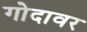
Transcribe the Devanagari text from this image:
गोदावर